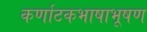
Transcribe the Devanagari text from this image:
कर्णाटकभाषाभूषण